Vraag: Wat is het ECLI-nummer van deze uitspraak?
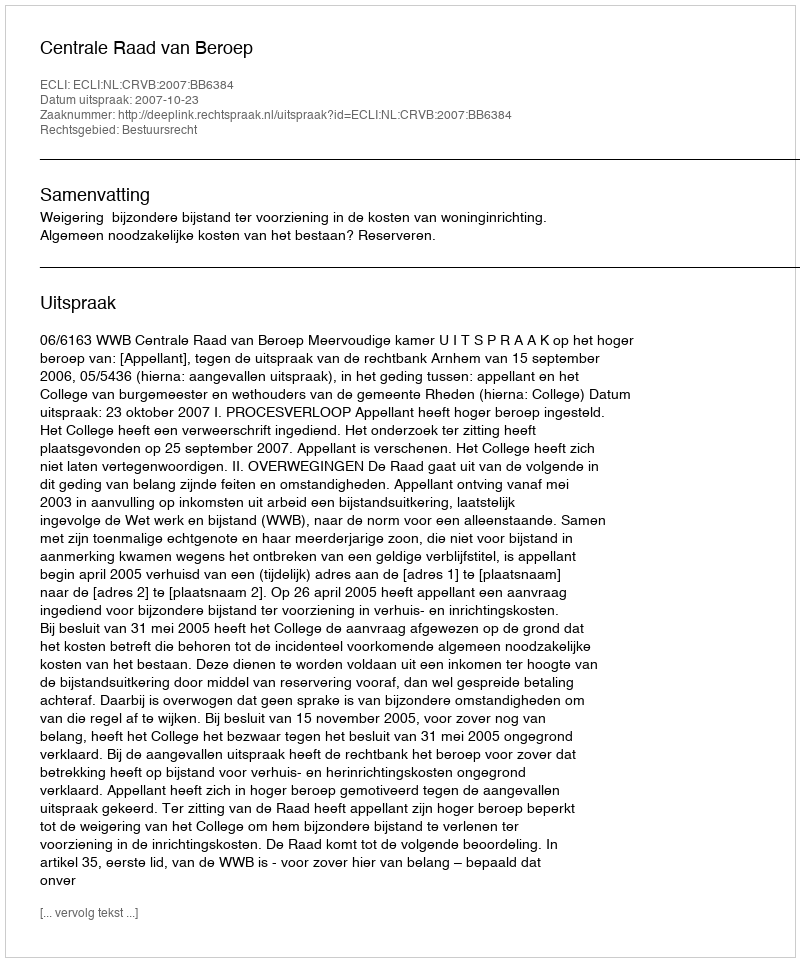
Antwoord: ECLI:NL:CRVB:2007:BB6384